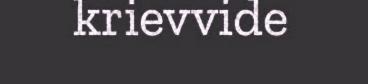
krievvide